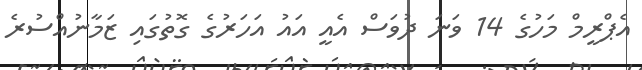
އެޕްރީމް މަހުގެ 14 ވަނަ ދުވަސް އެއީ އައު އަހަރުގެ ގޮތުގައި ޒަމާނުއްސުރެ